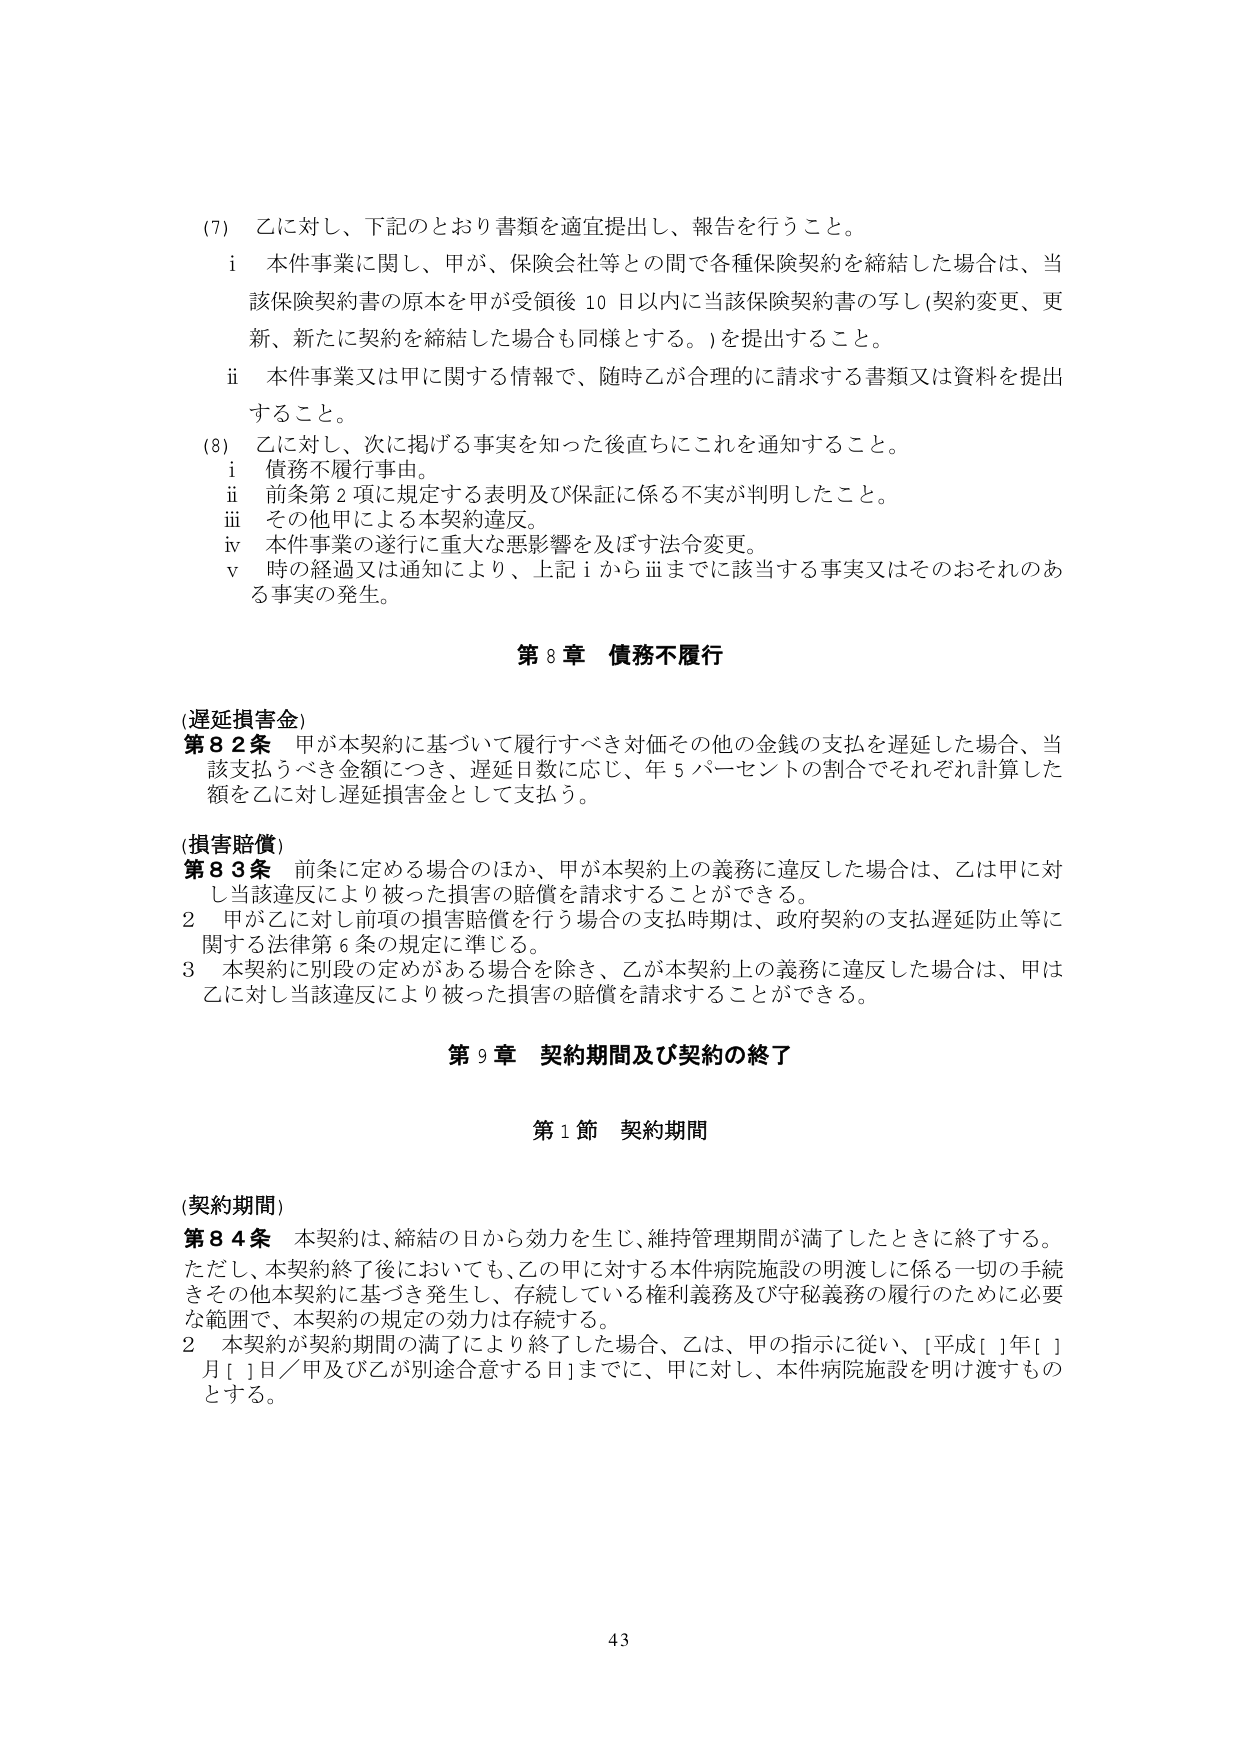
(7) 乙に対し、下記のとおり書類を適宜提出し、報告を行うこと。
　i 本件事業に関し、甲が、保険会社等との間で各種保険契約を締結した場合は、当該保険契約書の原本を甲が受領後10日以内に当該保険契約書の写し（契約変更、更新、新たに契約を締結した場合も同様とする。）を提出すること。
　ii 本件事業又は甲に関する情報で、随時乙が合理的に請求する書類又は資料を提出すること。
(8) 乙に対し、次に掲げる事実を知った後直ちにこれを通知すること。
　i 債務不履行事由。
　ii 前条第2項に規定する表明及び保証に係る不実が判明したこと。
　iii その他甲による本契約違反。
　iv 本件事業の遂行に重大な悪影響を及ぼす法令変更。
　v 時の経過又は通知により、上記iからiiiまでに該当する事実又はそのおそれのある事実の発生。

第8章 債務不履行

(遅延損害金)
第82条 甲が本契約に基づいて履行すべき対価その他の金銭の支払を遅延した場合、当該支払うべき金額につき、遅延日数に応じ、年5パーセントの割合でそれぞれ計算した額を乙に対し遅延損害金として支払う。

(損害賠償)
第83条 前条に定める場合のほか、甲が本契約上の義務に違反した場合は、乙は甲に対し当該違反により被った損害の賠償を請求することができる。
　2 甲が乙に対し前項の損害賠償を行う場合の支払時期は、政府契約の支払遅延防止等に関する法律第6条の規定に準じる。
　3 本契約に別段の定めがある場合を除き、乙が本契約上の義務に違反した場合は、甲は乙に対し当該違反により被った損害の賠償を請求することができる。

第9章 契約期間及び契約の終了

第1節 契約期間

(契約期間)
第84条 本契約は、締結の日から効力を生じ、維持管理期間が満了したときに終了する。ただし、本契約終了後においても、乙の甲に対する本件病院施設の明渡しに係る一切の手続きその他本契約に基づき発生し、存続している権利義務及び守秘義務の履行のために必要な範囲で、本契約の規定の効力は存続する。
　2 本契約が契約期間の満了により終了した場合、乙は、甲の指示に従い、[平成[ ]年[ ]月[ ]日／甲及び乙が別途合意する日]までに、甲に対し、本件病院施設を明け渡すものとする。

43